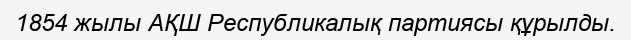
1854 жылы АҚШ Республикалық партиясы құрылды.